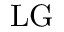
{ \mathrm { L G } }